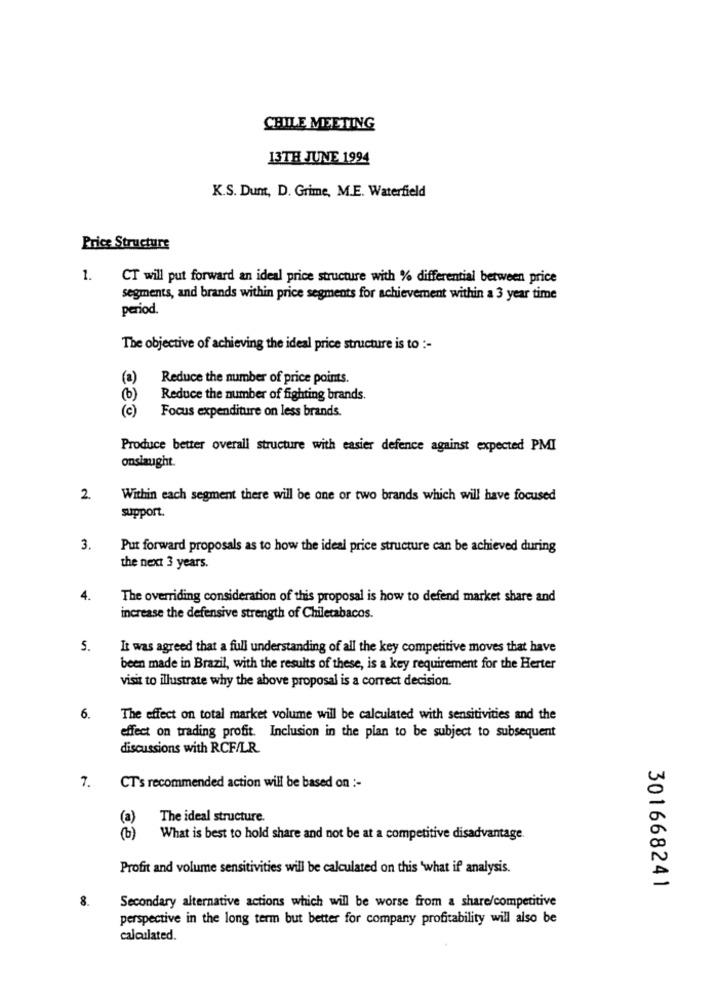
CHILE MEETING
13TH JUNE 1994
K.S. Dunt, D. Grime, M.E. Waterfield
Price Structure
1.
CT will put forward an ideal price structure with % differential between price
segments, and brands within price segments for achievement within a 3 year time
period.
The objective of achieving the ideal price structure is to :-
(a)
Reduce the number of price points.
Reduce the number of fighting brands.
(c)
Focus expenditure on less brands.
Produce better overall structure with easier defence against expected PMI
onslaught.
2.
Within each segment there will be one or two brands which will have focused
support.
3.
Put forward proposals as to how the ideal price structure can be achieved during
the next 3 years.
4.
The overriding consideration of this proposal is how to defend market share and
increase the defensive strength of Chiletabacos.
5.
It was agreed that a full understanding of all the key competitive moves that have
been made in Brazil, with the results of these, is a key requirement for the Herter
visit to illustrate why the above proposal is a correct decision.
6.
The effect on total market volume will be calculated with sensitivities and the
effect on trading profit. Inclusion in the plan to be subject to subsequent
discussions with RCF/LR
7.
CT's recommended action will be based on :-
(a)
The ideal structure.
(b)
What is best to hold share and not be at a competitive disadvantage.
Profit and volume sensitivities will be calculated on this 'what if analysis.
301668241
8.
Secondary alternative actions which will be worse from a share/competitive
perspective in the long term but better for company profitability will also be
calculated.